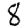
Digit: 8